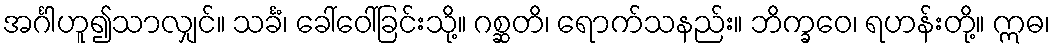
အင်္ဂါဟူ၍သာလျှင်။ သင်္ခံ၊ ခေါ်ဝေါ်ခြင်းသို့။ ဂစ္ဆတိ၊ ရောက်သနည်း။ ဘိက္ခဝေ၊ ရဟန်းတို့။ ဣဓ၊